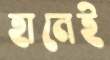
হানেই